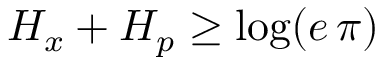
H _ { x } + H _ { p } \geq \log ( e \, \pi )